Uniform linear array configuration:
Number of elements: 24
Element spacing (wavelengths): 0.75
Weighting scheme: hann
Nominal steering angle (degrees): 30
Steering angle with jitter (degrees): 31.857
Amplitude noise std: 0.05
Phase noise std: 0.05

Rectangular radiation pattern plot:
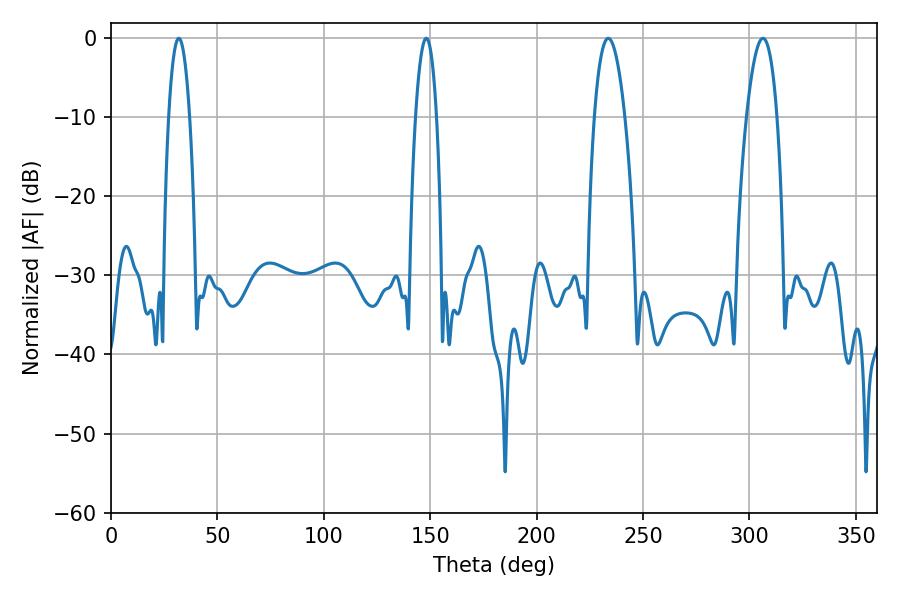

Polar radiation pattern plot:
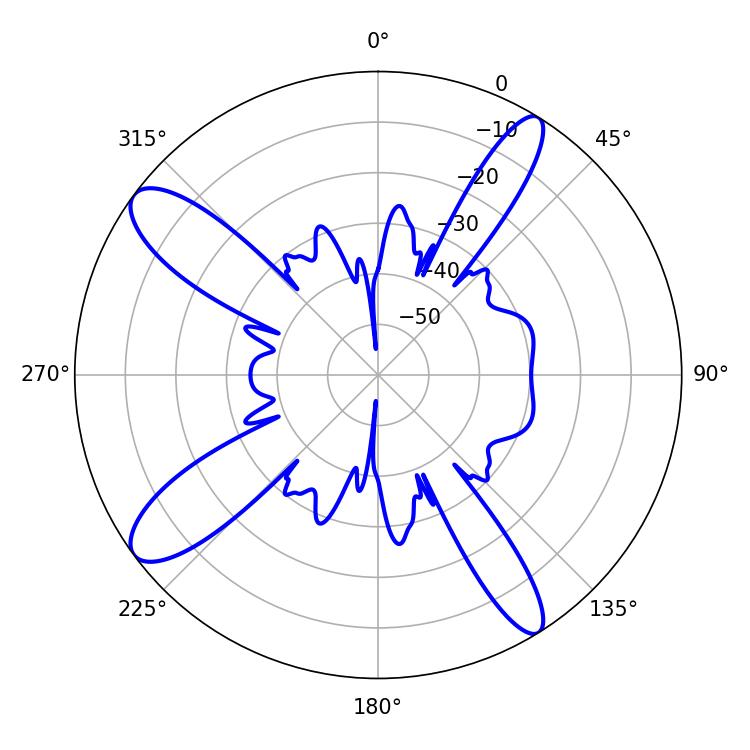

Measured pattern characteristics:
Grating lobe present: TRUE
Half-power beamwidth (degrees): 5.4
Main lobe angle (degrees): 148.14